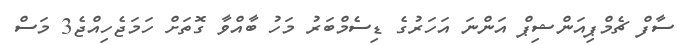
ސާފް ޗެމްޕިއަންޝިޕް އަންނަ އަހަރުގެ ޑިސެމްބަރު މަހު ބާއްވާ ގޮތަށް ހަމަޖެހިއްޖެ3 މަސް